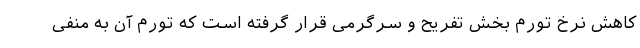
کاهش نرخ تورم بخش تفریح و سرگرمی قرار گرفته است که تورم آن به منفی